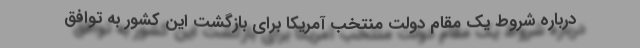
درباره شروط یک مقام دولت منتخب آمریکا برای بازگشت این کشور به توافق